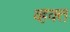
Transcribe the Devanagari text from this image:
व्हक्त